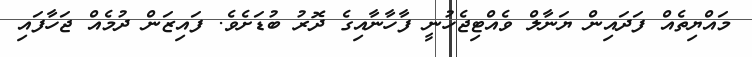
މައްޔިތެއް ފަދައިން ޔަނާލް ވެއްޓިޖެހުނީ ފާހާނާއިގެ ދޮރު ބުޑަށެވެ. ފައިޒަން ދުމެއް ޖަހާފައި